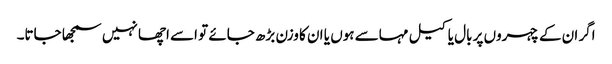
اگر ان کے چہروں پر بال یا کیل مہاسے ہوں یا ان کا وزن بڑھ جائے تو اسے اچھا نہیں سمجھا جاتا۔